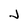
Character: J